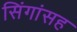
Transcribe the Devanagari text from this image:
सिंगांसह